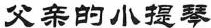
父亲的小提琴